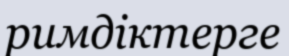
римдіктерге